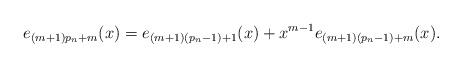
\begin{align*}e_{(m+1)p_n+m}(x)=e_{(m+1)(p_n-1)+1}(x)+x^{m-1}e_{(m+1)(p_n-1)+m}(x).\end{align*}